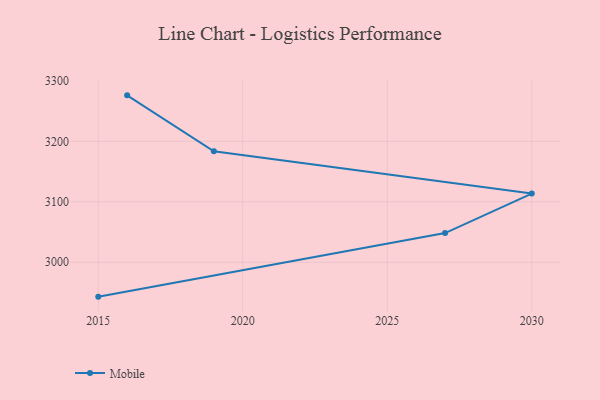
{"axis": {"x": "Year", "y": "Backlog"}, "legend": ["Mobile"], "data": [{"x": "2016", "y": 3276.0, "type": "Mobile"}, {"x": "2019", "y": 3183.5, "type": "Mobile"}, {"x": "2030", "y": 3113.6, "type": "Mobile"}, {"x": "2027", "y": 3048.3, "type": "Mobile"}, {"x": "2015", "y": 2943.2, "type": "Mobile"}]}